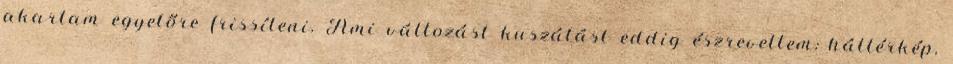
akartam egyelőre frissíteni. Ami változást kuszálást eddig észrevettem: háttérkép,